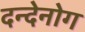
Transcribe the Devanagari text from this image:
दन्देनोग